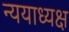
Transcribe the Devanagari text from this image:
न्ययाध्यक्ष